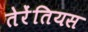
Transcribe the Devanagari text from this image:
तेरेंतियस